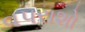
વપરાશો